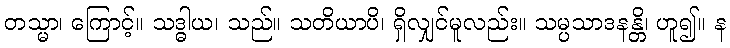
တသ္မာ၊ ကြောင့်။ သဒ္ဓါယ၊ သည်။ သတိယာပိ၊ ရှိလျှင်မူလည်း။ သမ္ပသာဒနန္တိ၊ ဟူ၍။ န